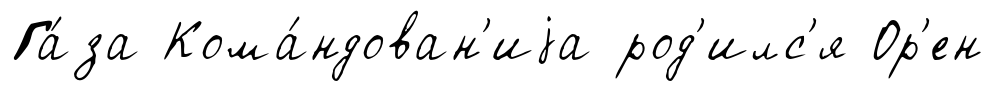
Га́за Кома́ндован'иjа род'илс'я Ор'ен